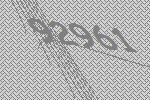
92961